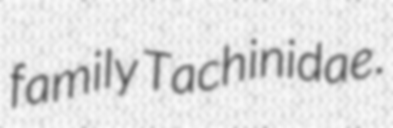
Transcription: family Tachinidae.